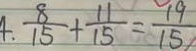
4 . \frac { 8 } { 1 5 } + \frac { 1 1 } { 1 5 } = \frac { 1 9 } { 1 5 }